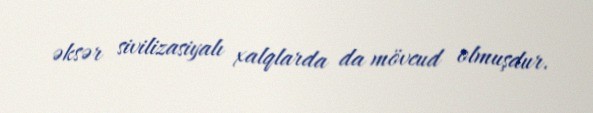
əksər sivilizasiyalı xalqlarda da mövcud olmuşdur.